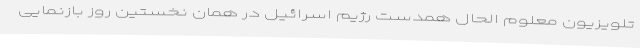
تلویزیون معلوم الحال همدست رژیم اسرائیل در همان نخستین روز بازنمایی